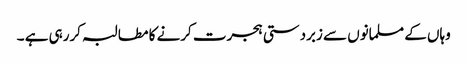
وہاں کے مسلمانوں سے زبردستی ہجرت کرنے کا مطالبہ کررہی ہے ۔